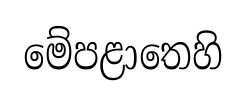
මේපළාතෙහි